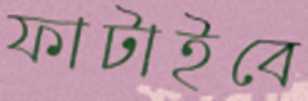
ফাটাইবে